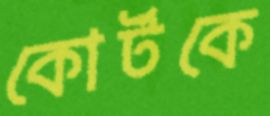
কোর্টকে